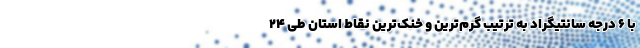
با ۶ درجه سانتیگراد به ترتیب گرم‌ترین و خنک‌ترین نقاط استان طی ۲۴